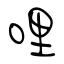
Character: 哩